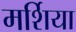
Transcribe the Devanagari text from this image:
मर्शिया